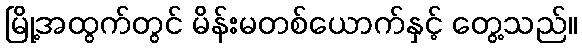
မြို့အထွက်တွင် မိန်းမတစ်ယောက်နှင့် တွေ့သည်။